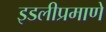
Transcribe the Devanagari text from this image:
इडलीप्रमाणे